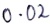
Text: 0.02